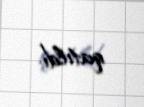
qatıldı.